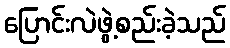
ပြောင်းလဲဖွဲ့စည်းခဲ့သည်